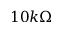
1 0 k \Omega